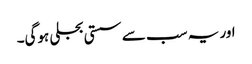
اور یہ سب سے سستی بجلی ہوگی۔